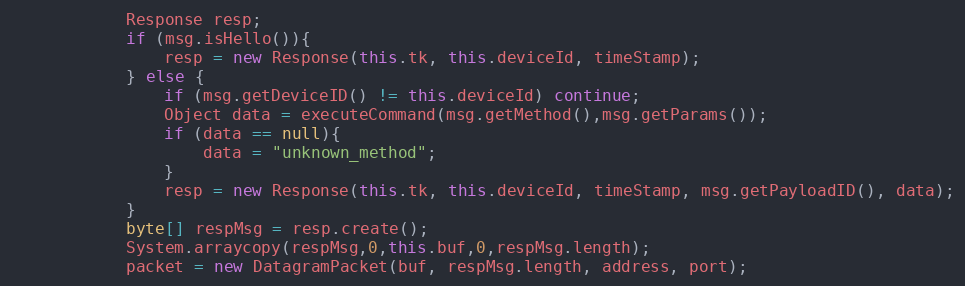
Language: Java
            Response resp;
            if (msg.isHello()){
                resp = new Response(this.tk, this.deviceId, timeStamp);
            } else {
                if (msg.getDeviceID() != this.deviceId) continue;
                Object data = executeCommand(msg.getMethod(),msg.getParams());
                if (data == null){
                    data = "unknown_method";
                }
                resp = new Response(this.tk, this.deviceId, timeStamp, msg.getPayloadID(), data);
            }
            byte[] respMsg = resp.create();
            System.arraycopy(respMsg,0,this.buf,0,respMsg.length);
            packet = new DatagramPacket(buf, respMsg.length, address, port);